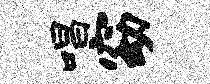
唱窈